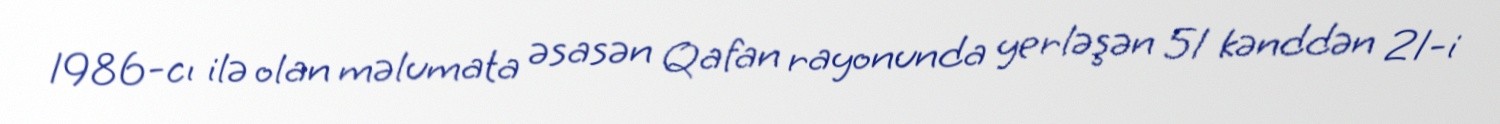
1986-cı ilə olan məlumata əsasən Qafan rayonunda yerləşən 51 kənddən 21-i